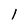
Character: l